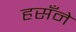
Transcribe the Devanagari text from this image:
हसँने